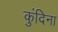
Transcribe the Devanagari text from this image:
कुंदिना